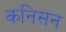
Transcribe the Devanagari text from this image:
कनिसन